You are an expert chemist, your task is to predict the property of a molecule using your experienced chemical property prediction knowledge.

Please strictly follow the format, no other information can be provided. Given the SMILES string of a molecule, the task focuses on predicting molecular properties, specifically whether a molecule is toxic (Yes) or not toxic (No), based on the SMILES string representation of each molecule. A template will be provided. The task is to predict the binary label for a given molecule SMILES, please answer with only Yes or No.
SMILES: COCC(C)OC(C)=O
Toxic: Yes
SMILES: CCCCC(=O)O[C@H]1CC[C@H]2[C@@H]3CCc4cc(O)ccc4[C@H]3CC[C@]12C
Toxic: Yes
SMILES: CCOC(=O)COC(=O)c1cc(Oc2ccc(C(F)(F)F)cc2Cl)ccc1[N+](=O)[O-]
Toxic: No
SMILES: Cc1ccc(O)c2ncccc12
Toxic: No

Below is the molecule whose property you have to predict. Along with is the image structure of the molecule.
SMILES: CN1C(=O)c2ccccc2C1=O
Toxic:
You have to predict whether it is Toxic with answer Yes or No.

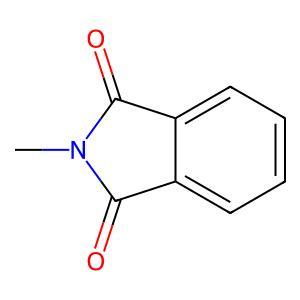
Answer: No